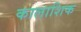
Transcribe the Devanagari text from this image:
कालाशिक